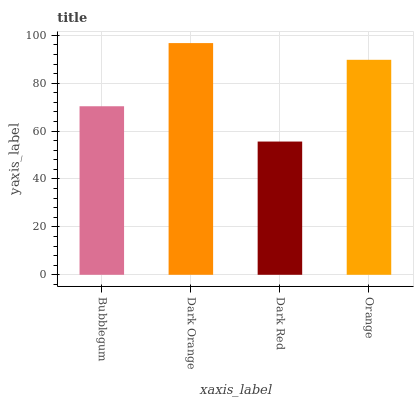
| xaxis_label | bars |
 | --- | --- |
 | Bubblegum | 70.4 |
 | Dark Orange | 96.7 |
 | Dark Red | 55.6 |
 | Orange | 89.8 |